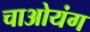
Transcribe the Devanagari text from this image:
चाओयंग